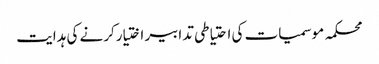
محکمہ موسمیات کی احتیاطی تدابیر اختیارکرنے کی ہدایت